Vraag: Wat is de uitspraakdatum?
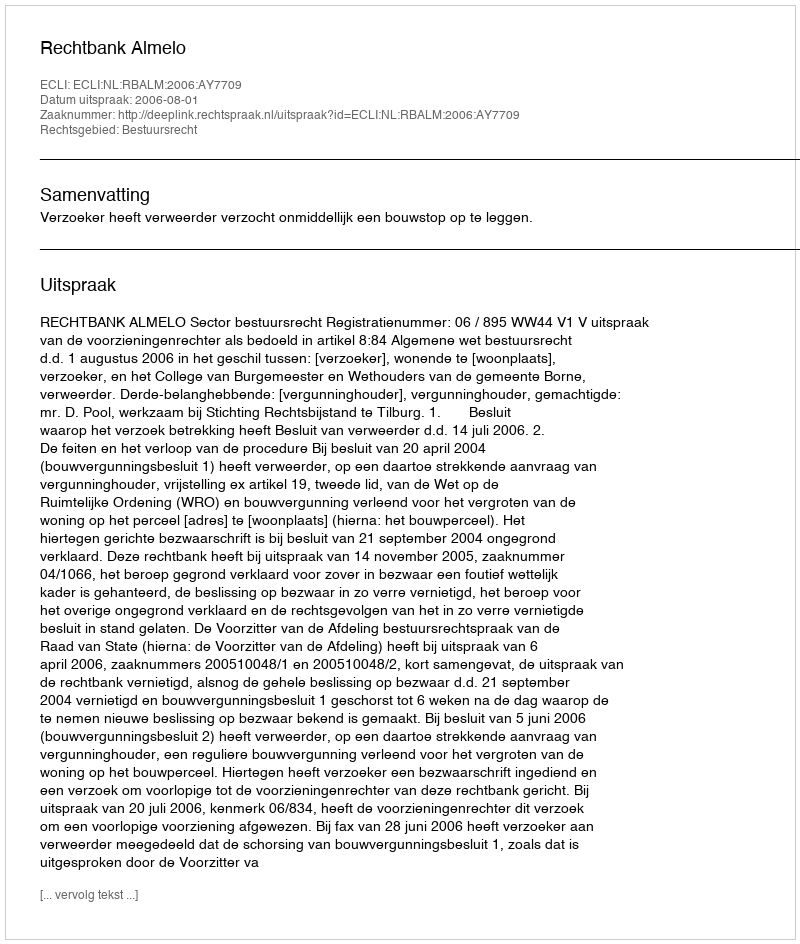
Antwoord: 2006-08-01